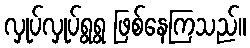
လှုပ်လှုပ်ရွရွ ဖြစ်နေကြသည်။